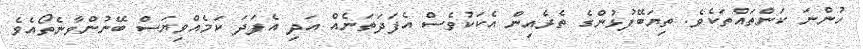
ހުންނަ ކަންތައްތަކެވެ. ތިޔަބޭފުޅުންގެ ތެރެއިން އެކަކުވެސް އެފަދަތަނެއް އަދި އެފަދަ ކަމެއްވިޔަސް ބޭނުންވާނެތޯއެވެ